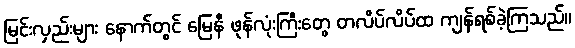
မြင်းလှည်းများ နောက်တွင် မြေနီ ဖုန်လုံးကြီးတွေ တလိပ်လိပ်ထ ကျန်ရစ်ခဲ့ကြသည်။